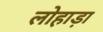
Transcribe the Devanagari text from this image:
लोहाड़ा